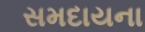
સમદાયના